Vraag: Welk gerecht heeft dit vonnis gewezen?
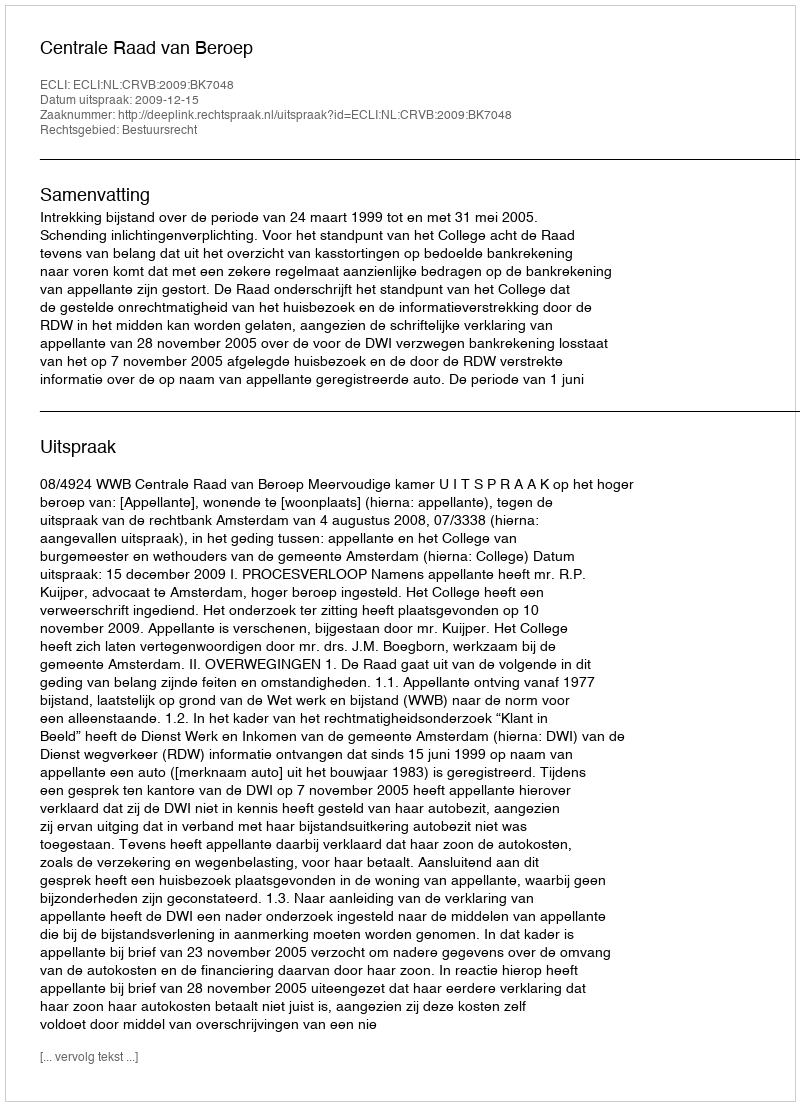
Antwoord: Centrale Raad van Beroep